Annual administration report of the Civil Veterinary Department of India - 1893-1894
Year: 1893
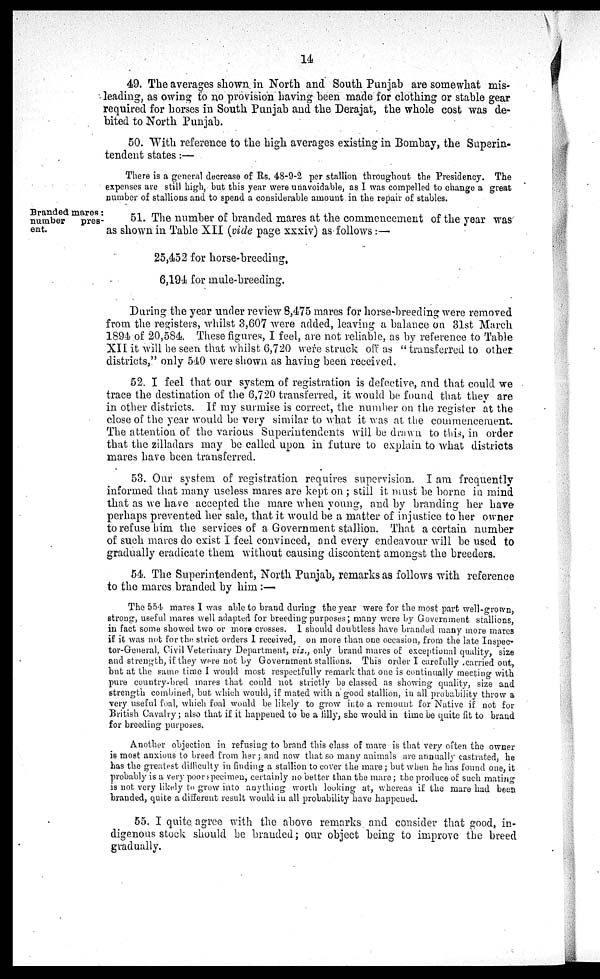
14
49. The averages shown in North and South Punjab are somewhat mis-
leading, as owing to no provision having been made for clothing or stable gear
required for horses in South Punjab and the Derajat, the whole cost was de-
bited to North Punjab.
50. With reference to the high averages existing in Bombay, the Superin-
tendent states:—
There is a general decrease of Rs. 48-9-2 per stallion throughout the Presidency. The
expenses are still high, but this year were unavoidable, as I was compelled to change a great
number of stallions and to spend a considerable amount in the repair of stables.
Branded mares:
number
pres-
ent.
51. The number of branded mares at the commencement of the year was
as shown in Table XII (vide page xxxiv) as follows:—
25,452 for horse-breeding,
6,194 for mule-breeding.
During the year under review 8,475 mares for horse-breeding were removed
from the registers, whilst 3,607 were added, leaving a balance on 31st March
1894 of 20,584. These figures, I feel, are not reliable, as by reference to Table
XII it will be seen that whilst 6,720 were struck off as "transferred to other
districts," only 540 were shown as having been received.
52. I feel that our system of registration is defective, and that could we
trace the destination of the 6,720 transferred, it would be found that they are
in other districts. If my surmise is correct, the number on the register at the
close of the year would be very similar to what it was at the commencement.
The attention of the various Superintendents will be drawn to this, in order
that the zilladars may be called upon in future to explain to what districts
mares have been transferred.
53. Our system of registration requires supervision. I am frequently
informed that many useless mares are kept on; still it must be borne in mind
that as we have accepted the mare when young, and by branding her have
perhaps prevented her sale, that it would be a matter of injustice to her owner
to refuse him the services of a Government stallion. That a certain number
of such mares do exist I feel convinced, and every endeavour will be used to
gradually eradicate them without causing discontent amongst the breeders.
54. The Superintendent, North Punjab, remarks as follows with reference
to the mares branded by him:—
The 554 mares I was able to brand during the year were for the most part well-grown,
strong, useful mares well adapted for breeding purposes; many were by Government stallions,
in fact some showed two or more crosses. I should doubtless have branded many more mares
if it was not for the strict orders I received, on more than one occasion, from the late Inspec-
tor-General, Civil Veterinary Department, viz., only brand mares of exceptional quality, size
and strength, if they were not by Government stallions. This order I carefully carried out,
but at the same time I would most respectfully remark that one is continually meeting with
pure country-bred mares that could not strictly be classed as showing quality, size and
strength combined, but which would, if mated with a good stallion, in all probability throw a
very useful foal, which foal would be likely to grow into a remount for Native if not for
British Cavalry; also that if it happened to be a filly, she would in time be quite fit to brand
for breeding purposes.
Another objection in refusing to brand this class of mare is that very often the owner
is most anxious to breed from her; and now that so many animals are annually castrated, he
has the greatest difficulty in finding a stallion to cover the mare; but when he has found one, it
probably is a very poor specimen, certainly no better than the mare ; the produce of such mating
is not very likely to grow into anything worth looking at, whereas if the mare had been
branded, quite a different result would in all probability have happened.
55. I quite agree with the above remarks and consider that good, in-
digenous stock should be branded; our object being to improve the breed
gradually.